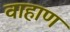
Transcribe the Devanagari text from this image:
वाहाण